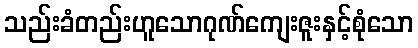
သည်းခံတည်းဟူသောဂုဏ်ကျေးဇူးနှင့်စုံသော